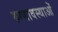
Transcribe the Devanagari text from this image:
रुग्णावस्थाओं